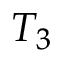
T _ { 3 }